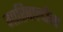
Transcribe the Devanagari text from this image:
गारिबाल्दीला